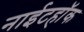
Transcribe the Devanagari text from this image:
नाईटहॉक